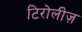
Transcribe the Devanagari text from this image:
टिरोलीज़